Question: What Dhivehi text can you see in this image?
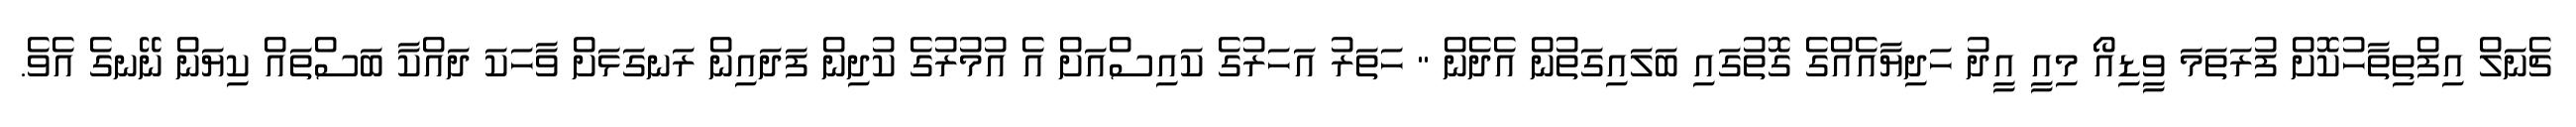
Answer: ޗެނަލް އިފްތިތާހުކޮށް ފުރަތަމަ ވީޑިއޯ މިއީ އީދު ހަދިޔާއެއްގެ ގޮތުގައި ބަލައިގަތުން އެދެން " ހަތަރު އަހަރުގެ ކައިސްއަށް އެ އުމުރުގެ ކުދިން ފަދައިން ރަނގަޅަށް ވާހަކަ ދައްކާ ބަސްތައް ކިޔަން ނޭނގެ އެވެ.